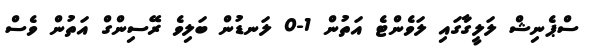
ސްޕެނިޝް ލަލީގާގައި ލަވެންޓެ އަތުން 1-0 ލަނޑުން ބަލިވެ ރޭސިންގް އަތުން ވެސް